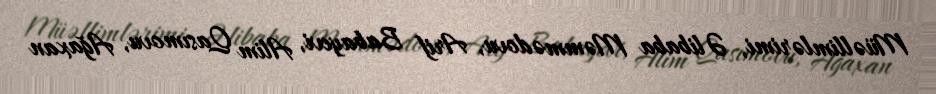
Müəllimlərimi, Əlibaba Məmmədovu, Arif Babayevi, Alim Qasımovu, Ağaxan